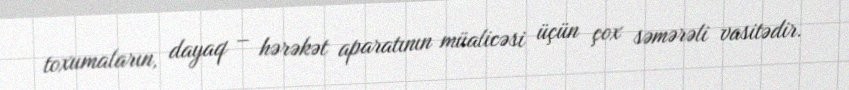
toxumaların, dayaq – hərəkət aparatının müalicəsi üçün çox səmərəli vasitədir.